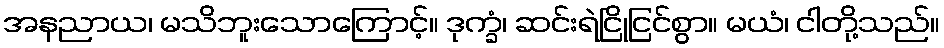
အနညာယ၊ မသိဘူးသောကြောင့်။ ဒုက္ခံ၊ ဆင်းရဲငြိုငြင်စွာ။ မယံ၊ ငါတို့သည်။